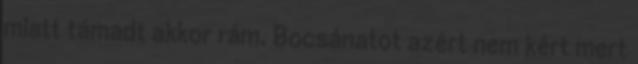
miatt támadt akkor rám. Bocsánatot azért nem kért mert